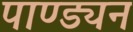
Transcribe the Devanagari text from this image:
पाण्ड्यन